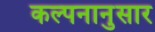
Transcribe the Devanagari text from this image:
कल्पनानुसार